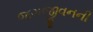
જગજીવનની